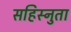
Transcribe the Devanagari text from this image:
सहिस्नुता